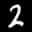
Label: 2